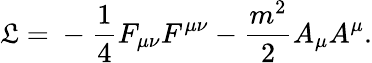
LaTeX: \mathfrak{L}=\mathrm{{}}-\frac{{1}}{{4}}F_{\mu\nu}F^{\mu\nu}-\frac{{m^{2}}}{{2}}A_{\mu}A^{\mu}.